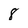
Character: 8